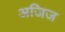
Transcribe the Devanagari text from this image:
अजिज